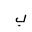
Letter: _ba